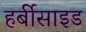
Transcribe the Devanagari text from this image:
हर्बीसाइड